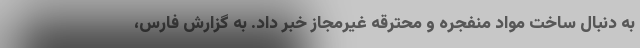
به دنبال ساخت مواد منفجره و محترقه غیرمجاز خبر داد. به گزارش فارس،